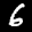
Label: 6